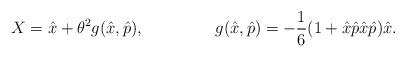
LaTeX: \begin{align*}X=\hat{x}+\theta^{2} g(\hat{x},\hat{p}), \hspace{1.8 cm} g(\hat{x},\hat{p})=-\frac{1}{6}(1+\hat{x}\hat{p}\hat{x}\hat{p})\hat{x}.\end{align*}